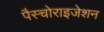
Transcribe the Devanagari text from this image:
पैस्चोराइजेशन